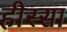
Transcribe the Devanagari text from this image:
हीस्सा